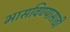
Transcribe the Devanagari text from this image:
भासविण्यासाठी